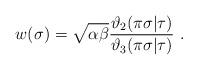
LaTeX: \begin{align*}w(\sigma)=\sqrt{\alpha\beta}\frac{\vartheta_2(\pi\sigma|\tau)}{\vartheta_3(\pi\sigma|\tau)}\ .\end{align*}